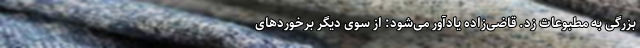
بزرگی به مطبوعات زد. قاضی‌زاده یادآور می‌شود: از سوی دیگر برخوردهای